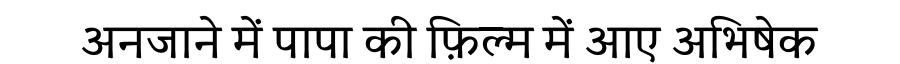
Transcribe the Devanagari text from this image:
अनजाने में पापा की फ़िल्म में आए अभिषेक